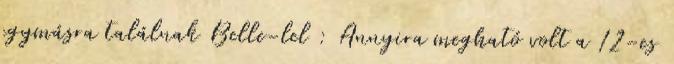
egymásra találnak Belle-lel : Annyira megható volt a 12-es